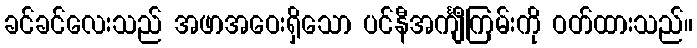
ခင်ခင်လေးသည် အဖာအဝေးရှိသော ပင်နီအင်္ကျီကြမ်းကို ဝတ်ထားသည်။